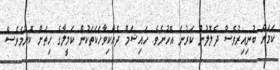
ކަމަށް ބުނިއިރުވެސް ދެލޮލުން ކަރުނަ އޮހުނެވެ. ހައިޝަމް ދެއްކިވާހަކަތަކުން ކަމީލާގެ ހިތަށް ކޮންމެވެސް